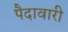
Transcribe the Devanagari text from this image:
पैदावारी